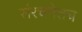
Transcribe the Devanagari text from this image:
संरचनेतच